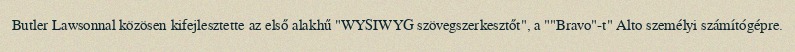
Butler Lawsonnal közösen kifejlesztette az első alakhű "WYSIWYG szövegszerkesztőt", a ""Bravo"-t" Alto személyi számítógépre.